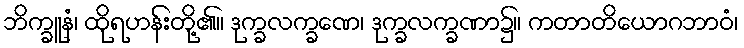
ဘိက္ခူနံ၊ ထိုရဟန်းတို့၏။ ဒုက္ခလက္ခဏေ၊ ဒုက္ခလက္ခဏာ၌။ ကတာတိယောဂဘာဝံ၊